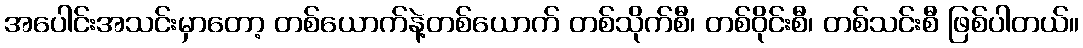
အပေါင်းအသင်းမှာတော့ တစ်ယောက်နဲ့တစ်ယောက် တစ်သိုက်စီ၊ တစ်ဝိုင်းစီ၊ တစ်သင်းစီ ဖြစ်ပါတယ်။